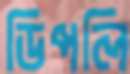
ডিপলি